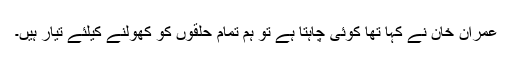
عمران خان نے کہا تھا کوئی چاہتا ہے تو ہم تمام حلقوں کو کھولنے کیلئے تیار ہیں۔